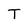
Character: T